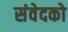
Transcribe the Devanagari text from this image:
संवेदको